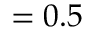
= 0 . 5